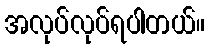
အလုပ်လုပ်ရပါတယ်။